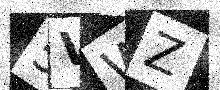
Text: 5VWZ